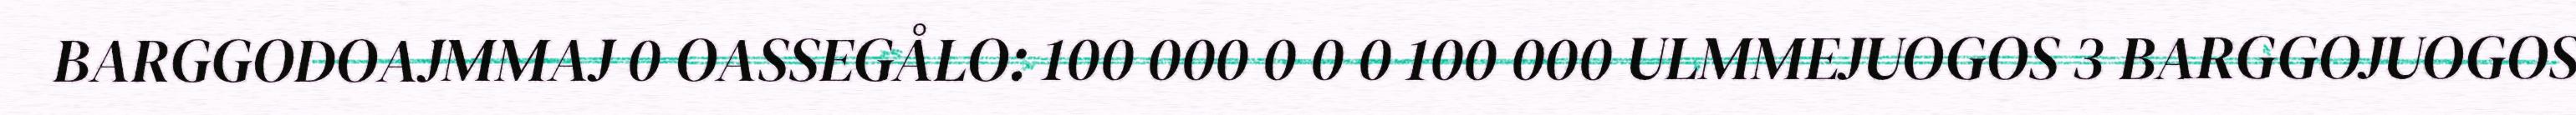
BARGGODOAJMMAJ 0 OASSEGÅLO: 100 000 0 0 0 100 000 ULMMEJUOGOS 3 BARGGOJUOGOS